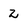
Character: 2